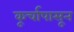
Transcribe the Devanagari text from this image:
कूर्चापासून